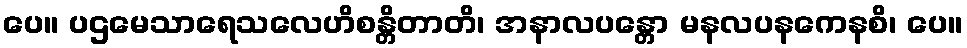
ပေ။ ပဌမေသာရေသလေဟိစန္တိတာတိ၊ အနာလပန္တော မနလပနကေနစိ၊ ပေ။